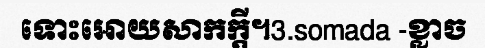
ទោះអោយសាកក្តី។3.somada -ខ្លាច